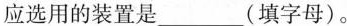
应选用的装置是___(填字母)。